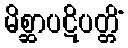
မိစ္ဆာပဋိပတ္တိံ